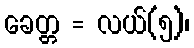
ခေတ္တ = လယ်(၅)၊